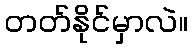
တတ်နိုင်မှာလဲ။